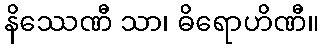
နိဿေဏီ သာ၊ ဓိရောဟိဏီ။